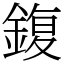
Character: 鍑